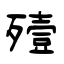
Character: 殪